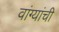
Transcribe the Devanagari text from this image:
वांग्यांची